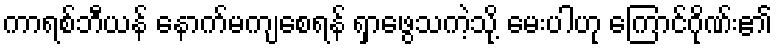
ကာရစ်ဘီယန် နောက်မကျစေရန် ရှာဖွေသကဲ့သို့ မေးပါဟု ကြောင်ဂိုဏ်း၏